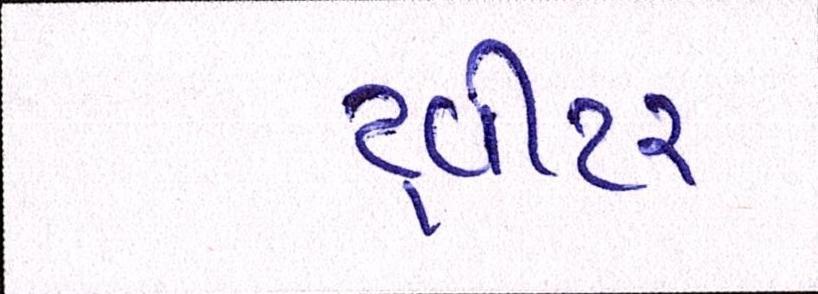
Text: ટ્વીટર